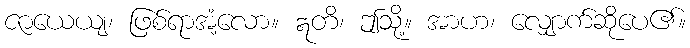
ဇာယေယျ၊ ဖြစ်ရာအံ့လော။ ဣတိ၊ ဤသို့။ အာဟ၊ လျှောက်ဆိုပေ၏။